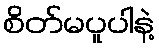
စိတ်မပူပါနဲ့